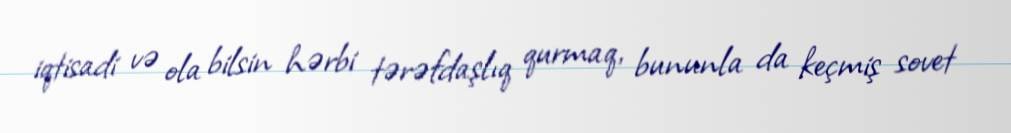
iqtisadi və ola bilsin hərbi tərəfdaşlıq qurmaq, bununla da keçmiş sovet